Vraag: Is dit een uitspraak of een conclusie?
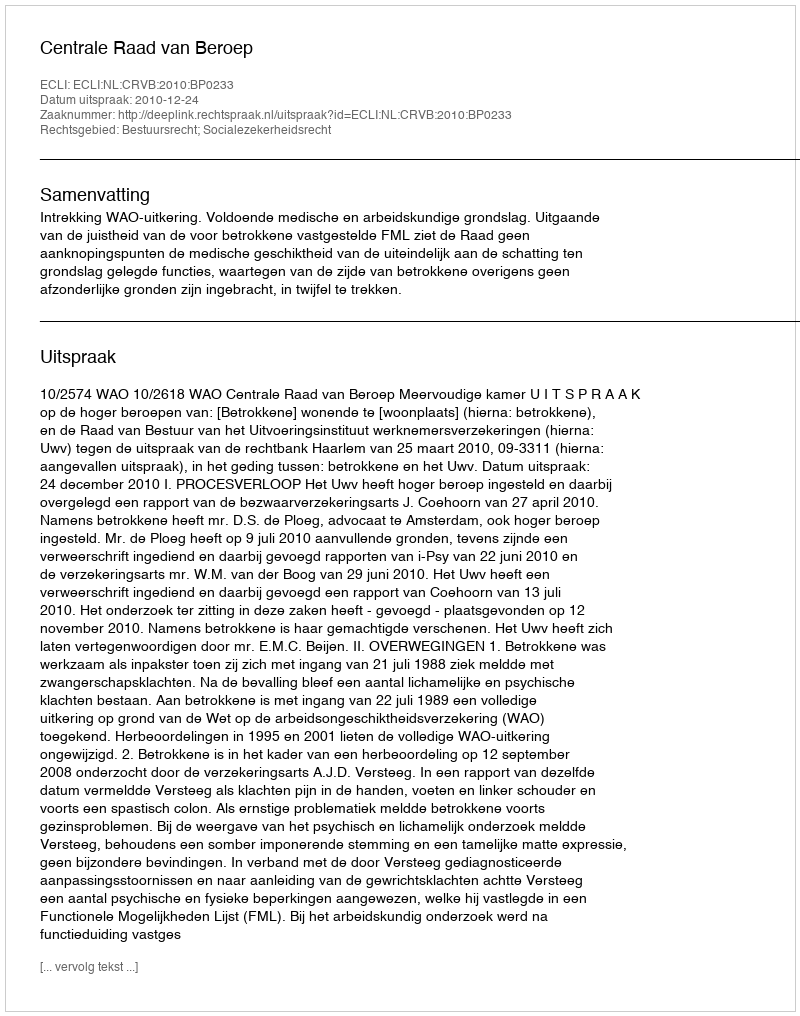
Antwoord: Uitspraak